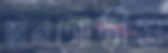
জনগোষ্ঠীগু